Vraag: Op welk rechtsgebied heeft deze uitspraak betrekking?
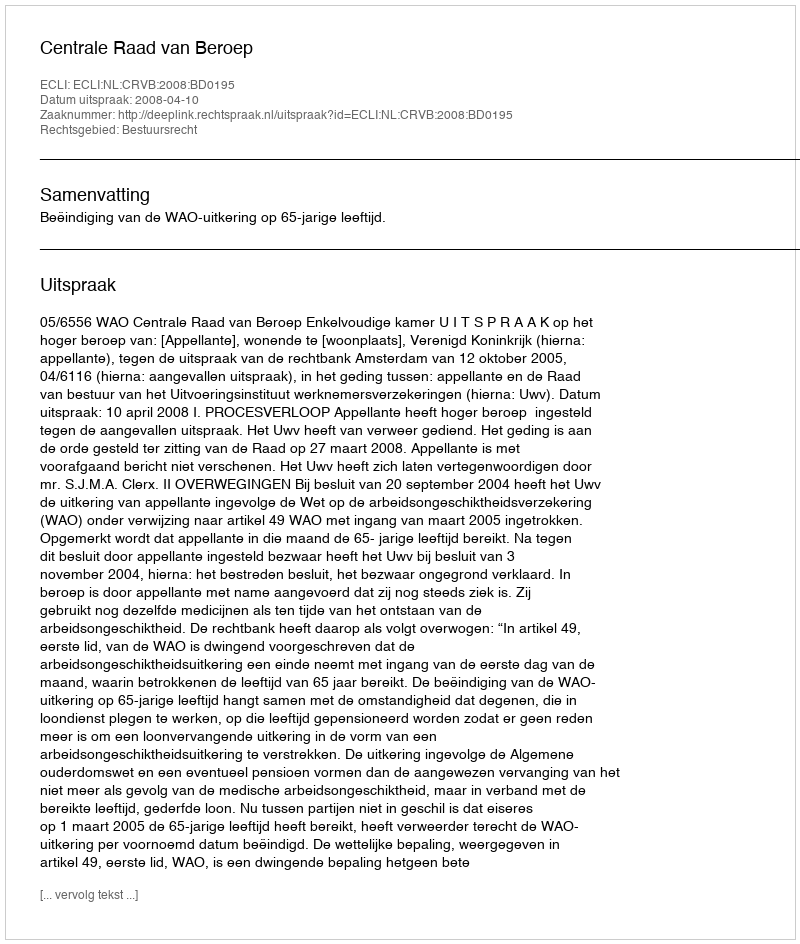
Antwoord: Bestuursrecht